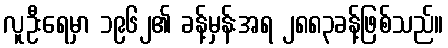
လူဦးရေမှာ ၁၉၆၂၏ ခန့်မှန်းအရ ၂၈၈၃ခန့်ဖြစ်သည်။